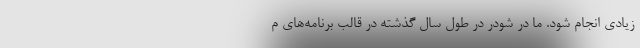
زیادی انجام شود. ما در شودر در طول سال گذشته در قالب برنامه‌های م